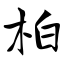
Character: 柏